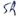
Text: SR